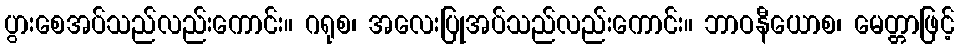
ပွားစေအပ်သည်လည်းကောင်း။ ဂရုစ၊ အလေးပြုအပ်သည်လည်းကောင်း။ ဘာဝနီယောစ၊ မေတ္တာဖြင့်